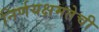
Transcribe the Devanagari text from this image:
निर्णयक्षमतेची